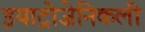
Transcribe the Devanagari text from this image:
इयाट्रोजेनिकली